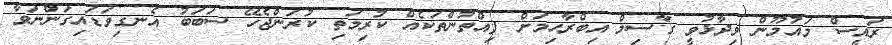
ރައީސް މައުމޫން ވިދާޅުވީ ގާސިމް އިބްރާހިމަށް ފިއްތުންތަކެއް ކުރިމަތި ކުރަންޖެހޭ ސަބަބު އެނގިވަޑައިގަންނަވާ